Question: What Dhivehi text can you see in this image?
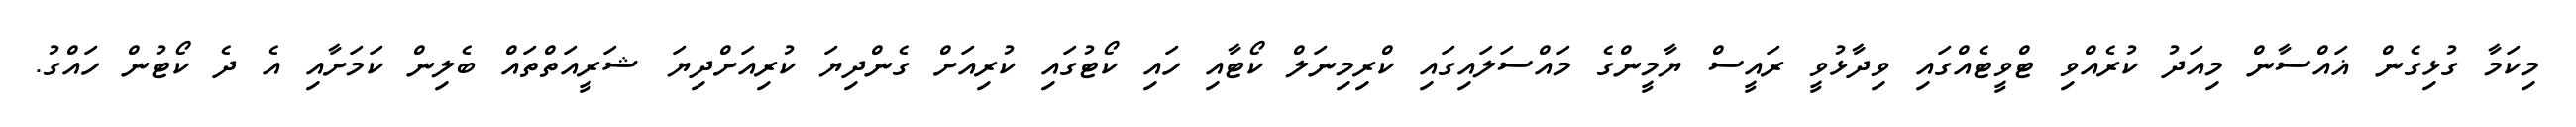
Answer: މިކަމާ ގުޅިގެން ޣައްސާން މިއަދު ކުރެއްވި ޓްވީޓެއްގައި ވިދާޅުވީ ރައީސް ޔާމީންގެ މައްސަލައިގައި ކްރިމިނަލް ކޯޓާއި ހައި ކޯޓުގައި ކުރިއަށް ގެންދިޔަ ކުރިއަށްދިޔަ ޝަރީއަތްތައް ބެލިން ކަމަށާއި އެ ދެ ކޯޓުން ހައްގު.